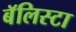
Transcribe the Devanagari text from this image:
बॅलिस्टा